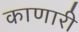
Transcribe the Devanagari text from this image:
काणारी